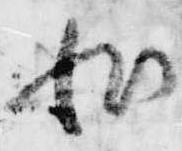
非